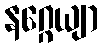
နဂ္ဂေယျာ